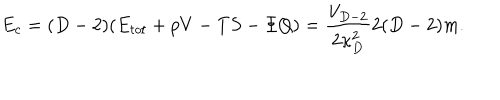
E _ { c } = ( D - 2 ) ( E _ { t o t } + p V - T S - \Phi Q ) = { \frac { V _ { D - 2 } } { 2 \kappa _ { D } ^ { 2 } } } 2 ( D - 2 ) m .